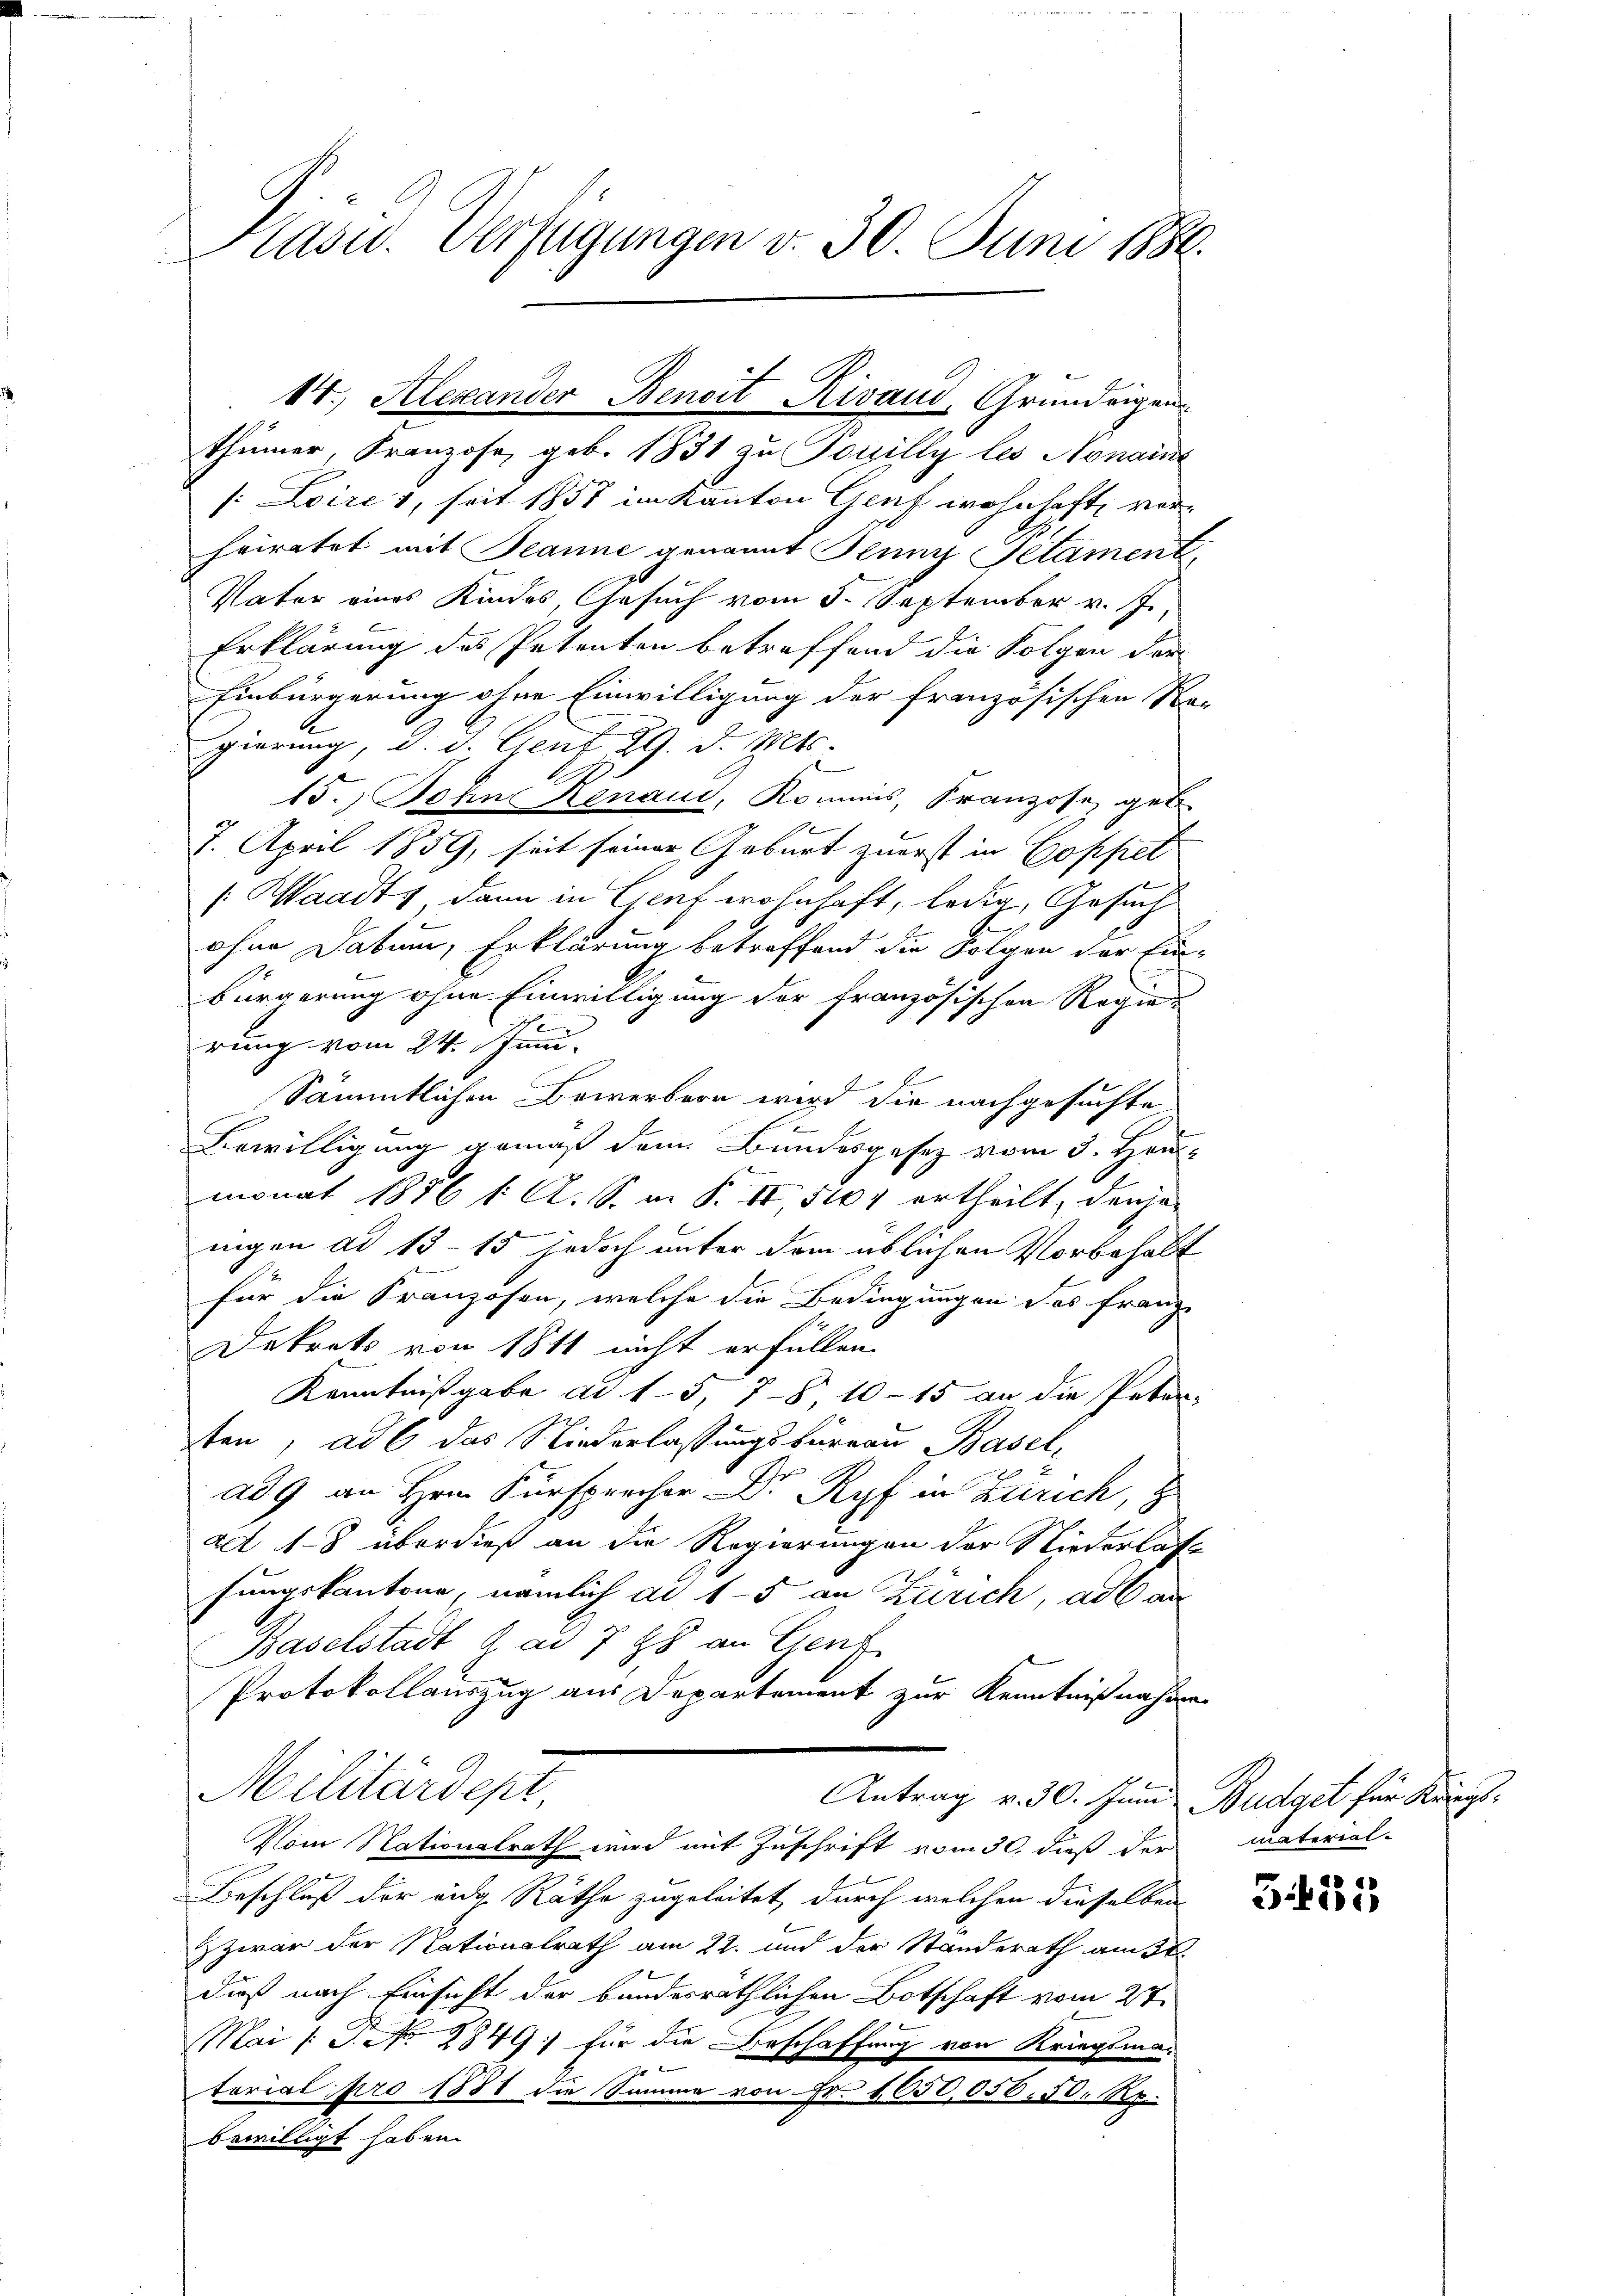
Präsid. Verfügungen v. 30 Juni 1880.

thümer, Franzose, geb. 1831 zu Pouilly les Nonai
/: Loire 1, seit 1857 im Kanton Genf wohnhaft, vorheiratet mit Beanne genannt Kunz Petament,
Vater eines Kindes, Gesuch vom 5. September v. J.
Erklärung des Petenten betreffend die Folgen der
Einbürgerung ohne Einwilligung der französischen Re-
gierung, d. d. Genf. 29. d. Mts.
15.) John Renaus, Kommis, Franzose geb.
2
7. April 1859, seit seiner Geburt zuerst in Goppel
s: Waadt, dann in Genf wohnhaft, ledig, Gesuch
ohne Datum, Erklärung betreffend die Folgen der Ein-
Bürgerung ohne Einwilligung der französischen Regie¬
2
rung vom 24. Juni.
gegen
Sämmtlichen Bewerbern wird die nachgesuchte
Bewilligung gemäß dem Bundesgesetz vom 3. Heu-
monat 1876 1. A. S. m. S. II 5107 ertheilt, denjen
nigen ad 13–15 jedoch unter dem üblichen Vorbehalt
für die Franzosen, welche die Bedingungen des Franz
Dekrets von 1811 nicht erfüllen.
Kenntnißgabe ad 1. 57 § 10 - 15 an die Peten-
ten, ad 6 das Niederlassungsbureau Basel,
ad 9 an Hrn. Fürsprecher Dr Ryf in Zürich,
ad 1-8 überdieß an die Regierungen der Niederlast
sungskantone, nämlich ad 15 an Zürich, ad an
Baselstadt a. a. 788 an Genf
Protokollauszug aus Departement zur Kenntnißnahme
Militärdept
Antrag v. 30. Juni Budget für Kriegs¬
Vom Nationalrath wird mit Zuschrift vom 30. dieß der
Beschluß der eidg. Räthe zugeleitet, durch welchen dieselben
ZZwar der Nationalrath am 22. und der Standerath am 3t
daß nach Einsicht der bundesräthlichen Botschaft vom 27.
Mai (S. No 4849: für die Beschaffung von Kriegsmas
torial pro 1881 die Samme von Fr. 1050,050, 50 Rp.
bewilligt haben.

14., Alexander Beneit Rivaud, Grundeigen

material-

3.425